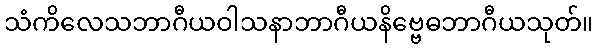
သံကိလေသဘာဂီယဝါသနာဘာဂီယနိဗ္ဗေဓဘာဂီယသုတ်။